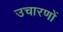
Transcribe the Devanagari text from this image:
उचारणों